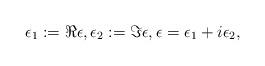
LaTeX: \begin{align*}\epsilon_{1}:=\Re \epsilon, \epsilon_{2}:=\Im \epsilon, \epsilon=\epsilon_{1}+i\epsilon_{2},\end{align*}